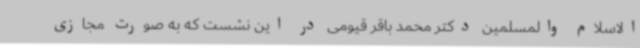
الاسلام والمسلمین دکتر محمد باقر قیومی در این نشست که به صورت مجازی